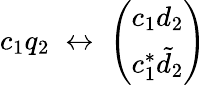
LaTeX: c_{1}q_{2}\; \leftrightarrow\; \left(\begin{array}{c}{{c_{1}d_{2}}}\\ {{c_{1}^{*}\tilde{d}_{2}}}\end{array}\right)